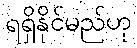
ရရှိနိုင်မည်ဟု